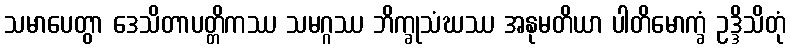
သမာပေတွာ ဒေသိတာပတ္တိကဿ သမဂ္ဂဿ ဘိက္ခုသံဃဿ အနုမတိယာ ပါတိမောက္ခံ ဥဒ္ဒိသိတုံ